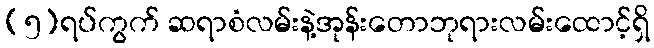
(၅)ရပ်ကွက် ဆရာစံလမ်းနဲ့အုန်းတောဘုရားလမ်းထောင့်ရှိ